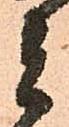
者